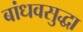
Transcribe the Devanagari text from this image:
बांधवसुद्धा